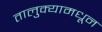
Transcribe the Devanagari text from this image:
तालुक्‍यामधून